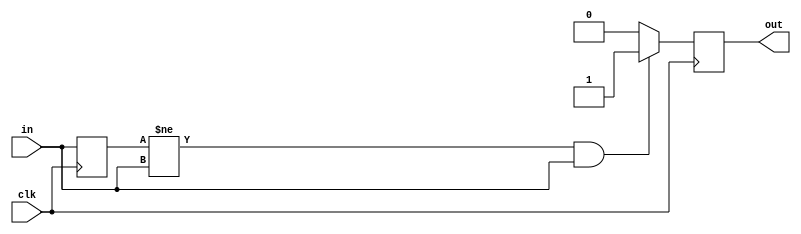
// produce one pulse, when input in was changed from 0 to 1

module find_rise (
	input clk,
	input in,
	output reg out);
	
	reg last_state = 0;
// TASK 2a: here is a place for your code
	always @(posedge clk) begin
		if (last_state != in && in == 1) begin
			out <= 1;
		end else begin
			out <= 0;
		end
		last_state <= in;
	end
endmodule